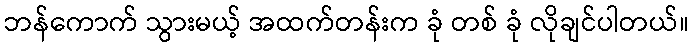
ဘန်ကောက် သွားမယ့် အထက်တန်းက ခုံ တစ် ခုံ လိုချင်ပါတယ်။